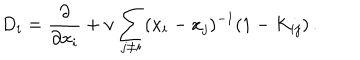
LaTeX: D _ { i } = \frac { \partial } { \partial x _ { i } } + \nu \sum _ { j \neq i } ( x _ { i } - x _ { j } ) ^ { - 1 } ( 1 - K _ { i j } ) \, .